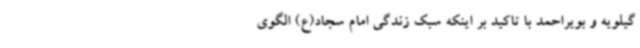
گیلویه و بویراحمد با تاکید بر اینکه سبک زندگی امام سجاد(ع) الگوی